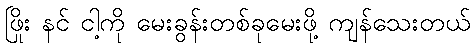
ဖြိုး နင် ငါ့ကို မေးခွန်းတစ်ခုမေးဖို့ ကျန်သေးတယ်